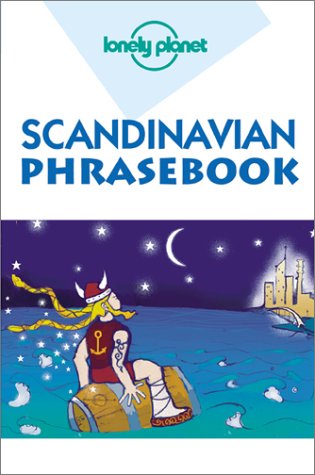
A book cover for Lonely Planet Scandinavian Phrasebook; Birgitte Hou Olsen; Travel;